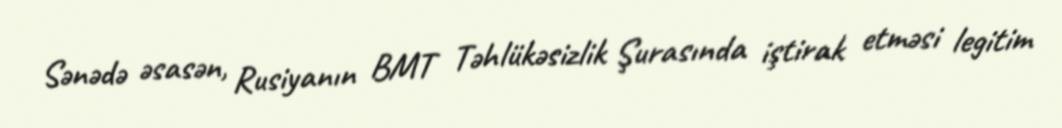
Sənədə əsasən, Rusiyanın BMT Təhlükəsizlik Şurasında iştirak etməsi legitim